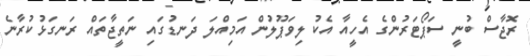
ރޮޖާސް ބުނީ ސަޕޯޓަރުންގެ އެހީއާ އެކު ލިވަޕޫލުން އަމިއްލަ ދަނޑުގައި ނަތީޖާތައް ރަނގަޅުކުރާނެ